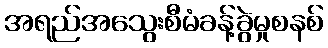
အရည်အသွေးစီမံခန့်ခွဲမှုစနစ်